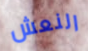
النعش